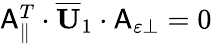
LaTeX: \begin{array}{r}{\mathsf{A}_{\parallel}^{T}\cdot\overline{{\mathbf{U}}}_{1}\cdot\mathsf{A}_{\varepsilon\perp}=0}\end{array}